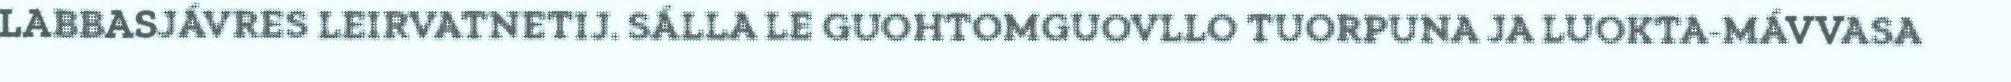
LABBASJÁVRES LEIRVATNETIJ. SÁLLA LE GUOHTOMGUOVLLO TUORPUNA JA LUOKTA-MÁVVASA